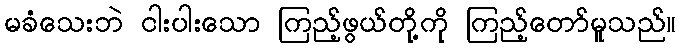
မခံသေးဘဲ ငါးပါးသော ကြည့်ဖွယ်တို့ကို ကြည့်တော်မူသည်။